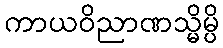
ကာယဝိညာဏသ္မိမ္ပိ